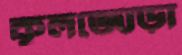
কূলজোড়া